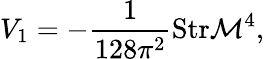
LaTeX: V_{1}=-{\frac{1}{128\pi^{2}}}\mathrm{Str}{\cal M}^{4},